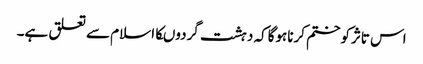
اس تاثرکوختم کرناہوگاکہ دہشت گردوںکااسلام سے تعلق ہے۔